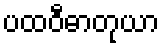
ပထဝီဓာတုယာ